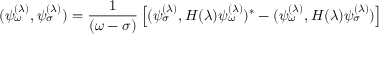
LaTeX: ( \psi _ { \omega } ^ { ( \lambda ) } , \psi _ { \sigma } ^ { ( \lambda ) } ) = { \frac { 1 } { ( \omega - \sigma ) } } \left[ ( \psi _ { \sigma } ^ { ( \lambda ) } , H ( \lambda ) \psi _ { \omega } ^ { ( \lambda ) } ) ^ { * } - ( \psi _ { \omega } ^ { ( \lambda ) } , H ( \lambda ) \psi _ { \sigma } ^ { ( \lambda ) } ) \right] ~ ~ ~